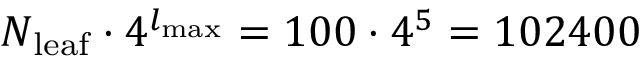
N _ { { \mathrm { l e a f } } } \cdot 4 ^ { l _ { { \mathrm { m a x } } } } = 1 0 0 \cdot 4 ^ { 5 } = 1 0 2 4 0 0